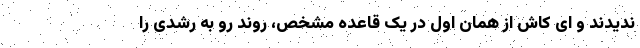
ندیدند و ‌ای کاش از همان اول در یک قاعده مشخص، روند رو به رشدی را